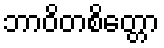
ဘာဝိတစိတ္တော